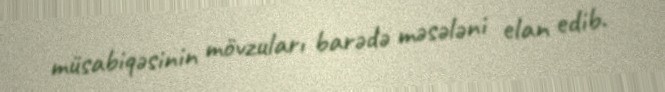
müsabiqəsinin mövzuları barədə məsələni elan edib.